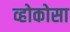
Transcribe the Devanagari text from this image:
व्होकोसा